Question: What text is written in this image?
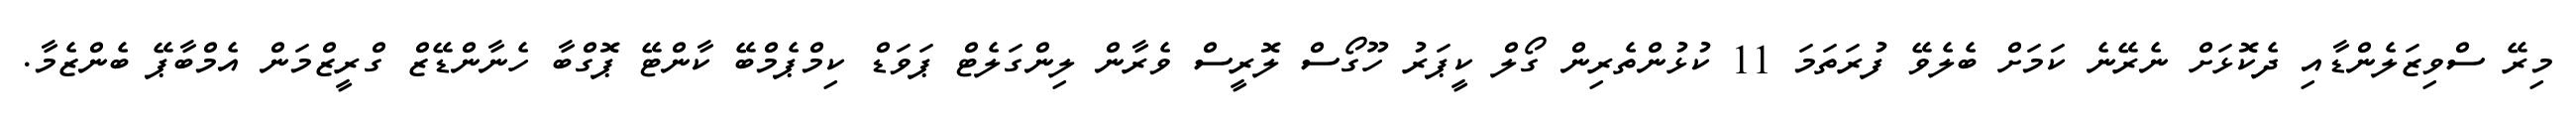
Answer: މިރޭ ސްވިޒަލެންޑާއި ދެކޮޅަށް ނެރޭނެ ކަމަށް ބެލެވޭ ފުރަތަމަ 11 ކުޅުންތެރިން ގޯލް ކީޕަރު ހޫގޯސް ލޮރީސް ވެރާން ލިންގަލެޓް ޕަވަޑް ކިމްޕެމްބޭ ކާންޓޭ ޕޮގްބާ ހެނާންޑޭޒް ގްރީޒްމަން އެމްބާޕޭ ބެންޒެމާ.